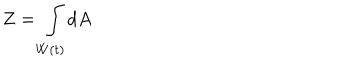
LaTeX: Z = \int _ { W \left( t \right) } d A